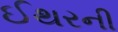
ઈથરની